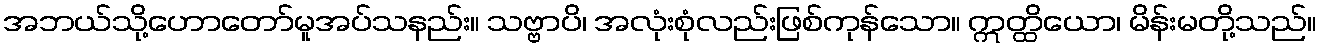
အဘယ်သို့ဟောတော်မူအပ်သနည်း။ သဗ္ဗာပိ၊ အလုံးစုံလည်းဖြစ်ကုန်သော။ ဣတ္ထိယော၊ မိန်းမတို့သည်။